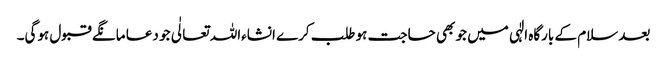
بعد سلام کے بارگاہ الٰہی میں جو بھی حاجت ہو طلب کرے انشاءاللہ تعالٰی جو دعا مانگے قبول ہوگی۔